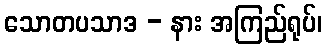
သောတပသာဒ - နား အကြည်ရုပ်၊